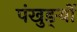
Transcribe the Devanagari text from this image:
पंखुङ्यों